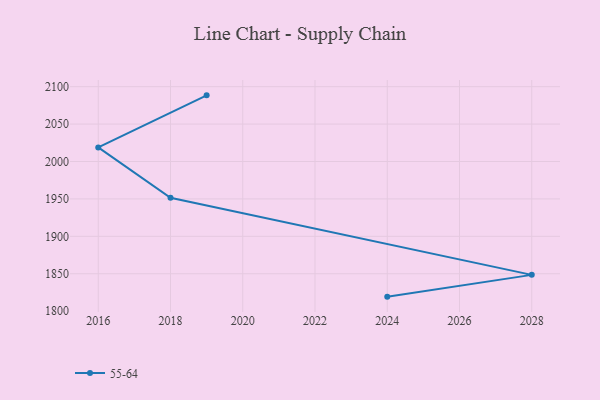
{"axis": {"x": "Year", "y": "Backlog"}, "legend": ["55-64"], "data": [{"x": "2024", "y": 1819.4, "type": "55-64"}, {"x": "2028", "y": 1848.5, "type": "55-64"}, {"x": "2018", "y": 1951.6, "type": "55-64"}, {"x": "2016", "y": 2018.8, "type": "55-64"}, {"x": "2019", "y": 2088.4, "type": "55-64"}]}